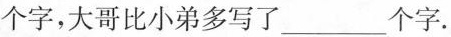
个字，大哥比小弟多写了___个字.